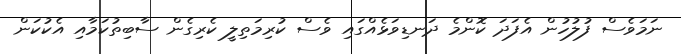
ނަމަވެސް ފުލުހުން އެފަދަ ކޮންމެ ދަނޑިވަޅެއްގައި ވެސް ކުރިމަތިލީ ކެރިގެން ސާބިތުކަމާއި އެކުކަން